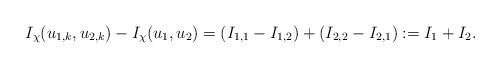
\begin{align*}I_{\chi}(u_{1, k}, u_{2, k})-I_{\chi}(u_1, u_2)=(I_{1, 1}-I_{1, 2})+(I_{2, 2}-I_{2, 1}):=I_1+I_2.\end{align*}